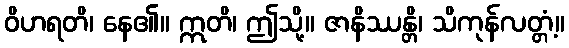
ဝိဟရတိ၊ နေ၏။ ဣတိ၊ ဤသို့။ ဇာနိဿန္တိ၊ သိကုန်လတ္တံ့။